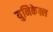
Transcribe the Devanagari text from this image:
युनिकेम्र्ल